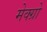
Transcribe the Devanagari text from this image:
मेक्ग्रो